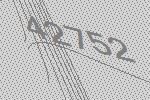
42752